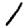
Digit: 1